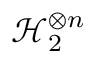
\mathcal { H } _ { 2 } ^ { \otimes n }